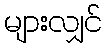
များလျှင်